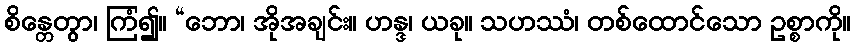
စိန္တေတွာ၊ ကြံ၍။ “ဘော၊ အိုအချင်း။ ဟန္ဒ၊ ယခု။ သဟဿံ၊ တစ်ထောင်သော ဥစ္စာကို။